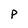
Character: P